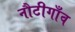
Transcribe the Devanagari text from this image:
नौटीगाँव